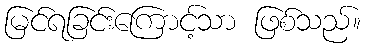
မြင်ရခြင်းကြောင့်သာ ဖြစ်သည်။